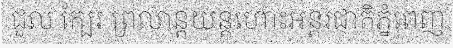
ជួល ក្បែរ ព្រលាន្តយន្តហោះអន្តរជាតិភ្នំពេញ